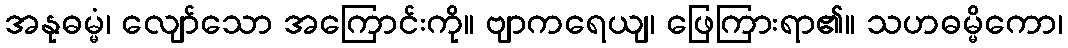
အနုဓမ္မံ၊ လျော်သော အကြောင်းကို။ ဗျာကရေယျ၊ ဖြေကြားရာ၏။ သဟဓမ္မိကော၊